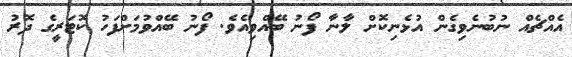
އެއްޗެއް ނުބުނެވިގެން އުޅެނިކޮށް ލާނާ ފޯނު ބޭއްވިއެވެ. ފޯނު ބޭއްވުމަށްފަހު ކޮޓަރީގެ ދޮރު